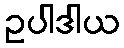
ဥပါဒါယ